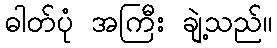
ဓါတ်ပုံ အကြီး ချဲ့သည်။